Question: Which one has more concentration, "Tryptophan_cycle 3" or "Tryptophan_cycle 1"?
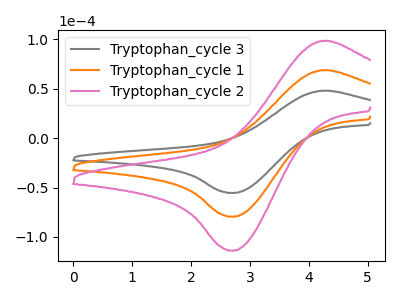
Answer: <think>The gray curve "Tryptophan_cycle 3" has an anodic peak at (4.20V, 47.85uA) and a cathodic peak at (2.70V, -55.40uA). The orange curve "Tryptophan_cycle 1" has an anodic peak at (4.20V, 68.55uA) and a cathodic peak at (2.70V, -79.40uA). The pink curve "Tryptophan_cycle 2" has an anodic peak at (4.20V, 137.15uA) and a cathodic peak at (2.70V, -158.75uA).
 All the peaks in "Tryptophan_cycle 3" have a peak in "Tryptophan_cycle 1" at the same potential. Every peak in "Tryptophan_cycle 3" is lower than every peak in "Tryptophan_cycle 1".</think>
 <answer>"Tryptophan_cycle 3" has less signal than "Tryptophan_cycle 1" and so likely has a lower concentration.</answer>
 <eval>less_concentration</eval>